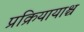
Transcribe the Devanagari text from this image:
प्रक्रियायाश्च